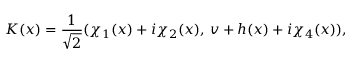
K ( x ) = { \frac { 1 } { \sqrt 2 } } ( \chi _ { 1 } ( x ) + i \chi _ { 2 } ( x ) , \, v + h ( x ) + i \chi _ { 4 } ( x ) ) ,